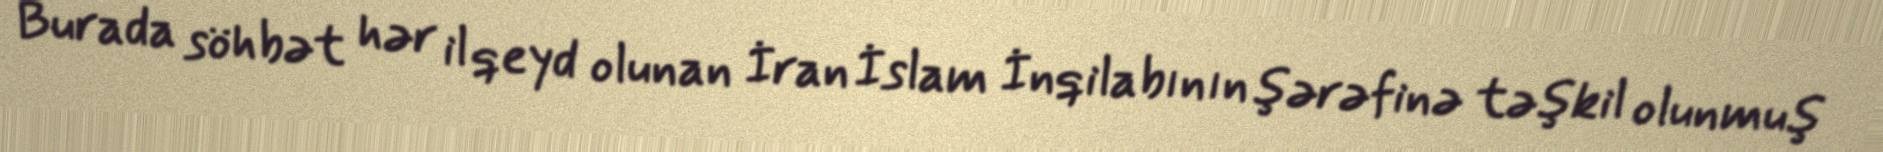
Burada söhbət hər il qeyd olunan İran İslam İnqilabının şərəfinə təşkil olunmuş